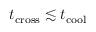
t _ { \mathrm { c r o s s } } \lesssim t _ { \mathrm { c o o l } }